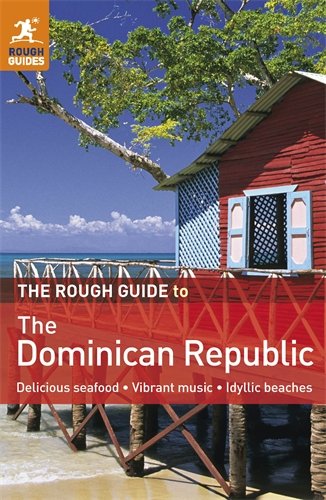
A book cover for The Rough Guide to Dominican Republic; Sean Harvey; Travel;